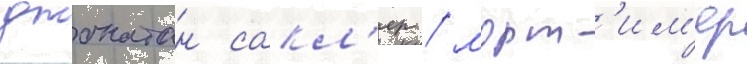
джонатан сакл'ер / морт'им'ер